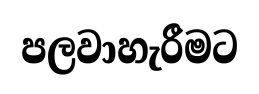
පලවාහැරීමට